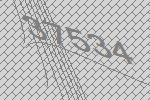
37534